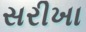
સરીખા